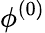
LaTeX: \phi^{(0)}